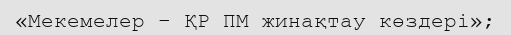
«Мекемелер – ҚР ПМ жинақтау көздері»;